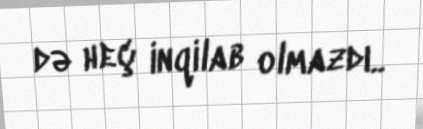
də heç inqilab olmazdı..